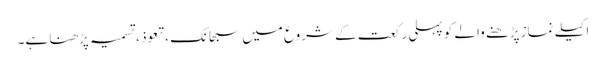
اکیلے نماز پڑھنے والے کو پہلی رکعت کے شروع میں سبحانک ،تعوذ ، تسمیہ پڑھنا ہے۔